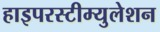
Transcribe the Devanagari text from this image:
हाइपरस्टीम्युलेशन